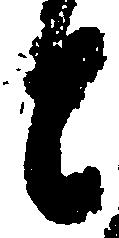
と